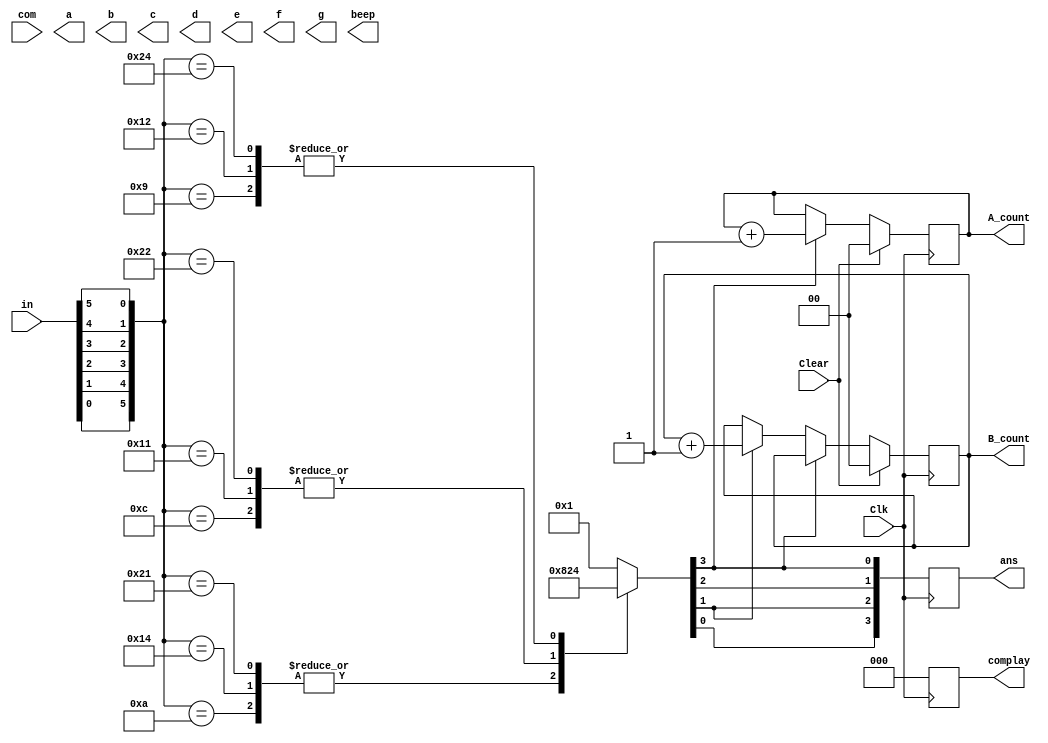
module final2(
input [5:0] in,
input Clk,Clear,com,
output reg [1:0]A_count,
output reg [1:0]B_count,
output reg [3:0] ans,
output reg a,b,c,d,e,f,g,
output reg beep,
output reg [2:0]complay
);
	always@(posedge Clk)
		begin
		complay = 3'b000;
		begin
		case({in[0],in[1],in[2],in[3],in[4],in[5]})//awin aeqb bwin error 
			6'b001001:{ans[0],ans[1],ans[2],ans[3]}=4'b0100;//eq
			6'b001010:{ans[0],ans[1],ans[2],ans[3]}=4'b1000;//Aw
			6'b001100:{ans[0],ans[1],ans[2],ans[3]}=4'b0010;//Bw
			6'b010001:{ans[0],ans[1],ans[2],ans[3]}=4'b0010;//Bw
			6'b010010:{ans[0],ans[1],ans[2],ans[3]}=4'b0100;//eq
			6'b010100:{ans[0],ans[1],ans[2],ans[3]}=4'b1000;//Aw
			6'b100001:{ans[0],ans[1],ans[2],ans[3]}=4'b1000;//Aw
			6'b100010:{ans[0],ans[1],ans[2],ans[3]}=4'b0010;//Bw
			6'b100100:{ans[0],ans[1],ans[2],ans[3]}=4'b0100;//eq
			default:{ans[0],ans[1],ans[2],ans[3]}=4'b0001;//error
		endcase 
		if (Clear)  
			begin
				A_count<=2'b00;
				B_count <=2'b00;
			end

		else if(ans[0])
			begin
				A_count=A_count+1;
			end
		else if(ans[2])
			begin
				B_count=B_count+1;
			end

		end
		end
endmodule